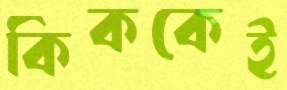
কিককেই